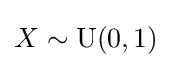
X\sim \operatorname {U} (0,1)